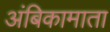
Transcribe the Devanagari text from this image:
अंबिकामाता